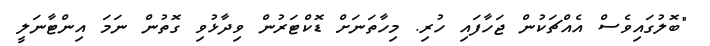
"ބޮލުގައިވެސް އެއްޗަކުން ޖަހާފައި ހުރި. މިހާތަނަށް ޑޮކްޓަރުން ވިދާޅުވި ގޮތުން ނަމަ އިންޓާނަލީ